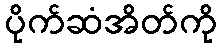
ပိုက်ဆံအိတ်ကို